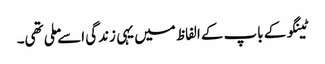
ٹینگو کے باپ کے الفاظ میں یہی زندگی اسے ملی تھی۔